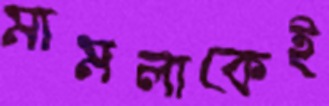
মামলাকেই